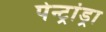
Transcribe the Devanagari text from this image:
पेन्ट्रांड्रा